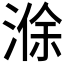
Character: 𪶢